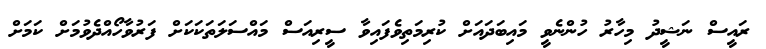
ރައީސް ނަޝީދު މިހާރު ހުންނެވީ މައިބަދައަށް ކުރިމަތިވެފައިވާ ސީރިއަސް މައްސަލަތަކަކަށް ފަރުވާހޯއްދެވުމަށް ކަމަށް